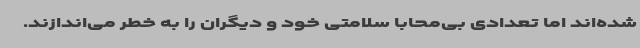
شده‌اند اما تعدادی بی‌محابا سلامتی خود و دیگران را به خطر می‌اندازند.